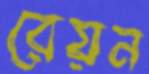
রেয়ন